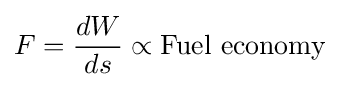
F={\frac {dW}{ds}}\propto {\text{Fuel economy}}